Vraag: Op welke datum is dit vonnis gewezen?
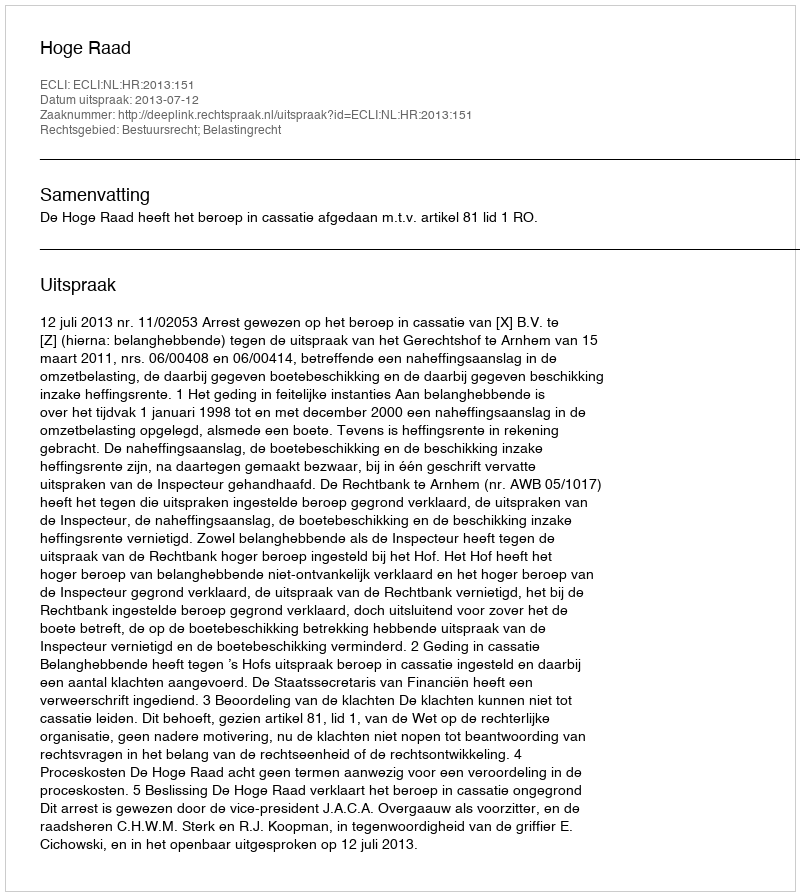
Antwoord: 2013-07-12